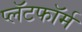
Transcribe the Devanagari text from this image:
प्लॅटफाॅर्म